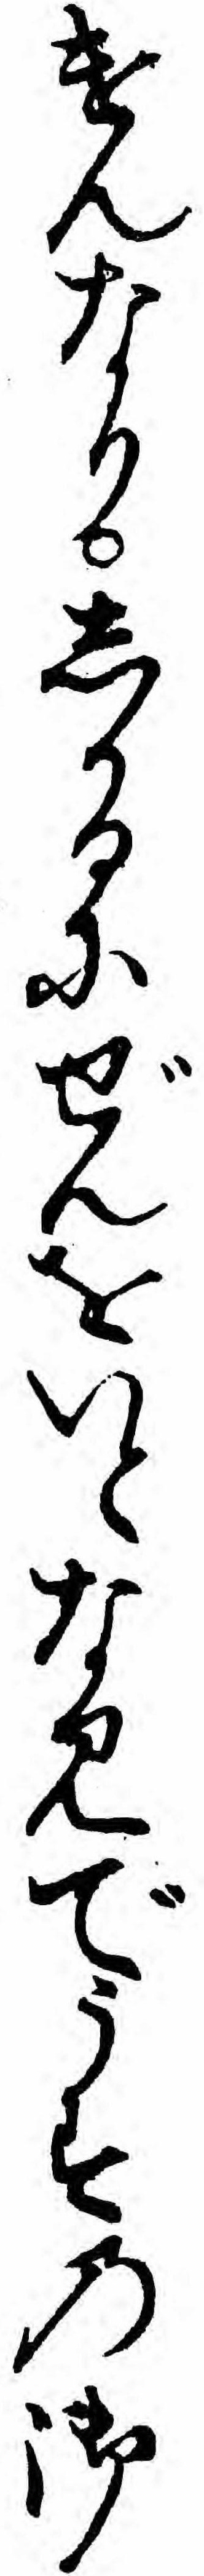
けんなりしかるにぜんをいとなみでうすの御